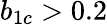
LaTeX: b_{1c}>0.2